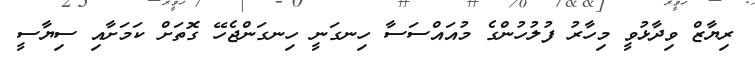
ރިޔާޒް ވިދާޅުވީ މިހާރު ފުލުހުންގެ މުއައްސަސާ ހިނގަނީ ހިނގަންޖެހޭ ގޮތަށް ކަމަށާއި ސިޔާސީ